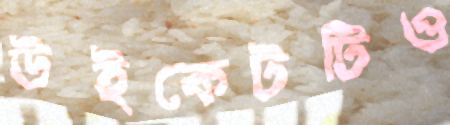
উইকেটটিও